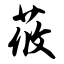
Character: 莜